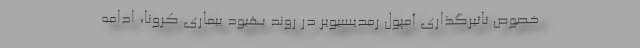
خصوص تاثیرگذاری آمپول رمدیسیویر در روند بهبود بیماری کرونا، ادامه